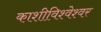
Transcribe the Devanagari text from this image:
काशीविश्‍वेश्‍वर